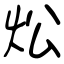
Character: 炂